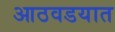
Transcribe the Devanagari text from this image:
आठवडयात